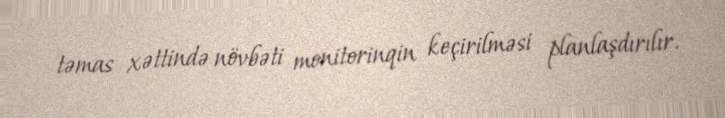
təmas xəttində növbəti monitorinqin keçirilməsi planlaşdırılır.